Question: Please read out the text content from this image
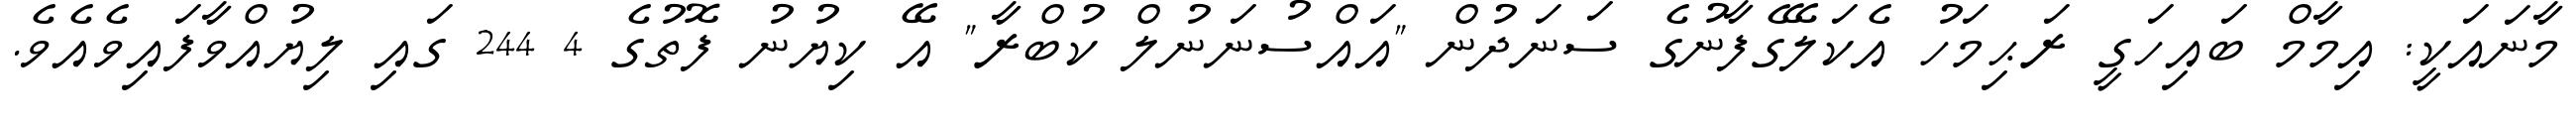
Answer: މާނައަކީ: އިމާމް ބައިހަގީ ރަޙިމަހު އެކަލޭގެފާނުގެ ސަނަދުން "އައްސުނަނުލް ކުބްރާ" އޭ ކިޔުނު ފޮތުގެ 4 244 ގައި ލިޔުއްވާފައިވެއެވެ.